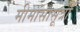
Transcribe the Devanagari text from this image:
मीमांसासूत्रों